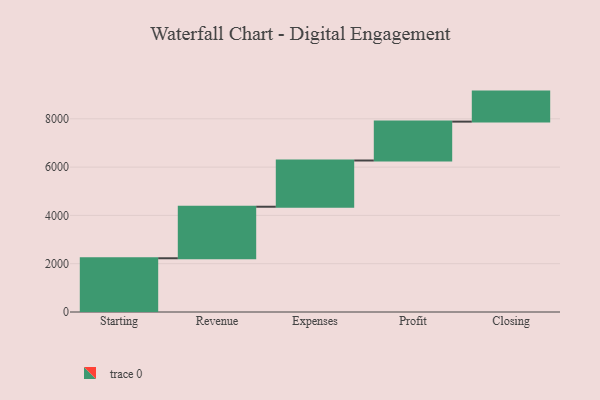
{"axis": {"x": "Step", "y": "Value"}, "legend": [""], "data": [{"x": "Starting", "y": 2225.0, "type": ""}, {"x": "Revenue", "y": 2134.0, "type": ""}, {"x": "Expenses", "y": 1914.0, "type": ""}, {"x": "Profit", "y": 1610.0, "type": ""}, {"x": "Closing", "y": 1243.0, "type": ""}]}